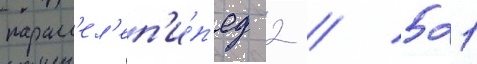
паралл'ел'еп'и́п'ед 2 / 521